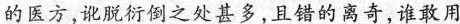
的医方，讹脱衍倒之处甚多，且错的离奇，谁敢用